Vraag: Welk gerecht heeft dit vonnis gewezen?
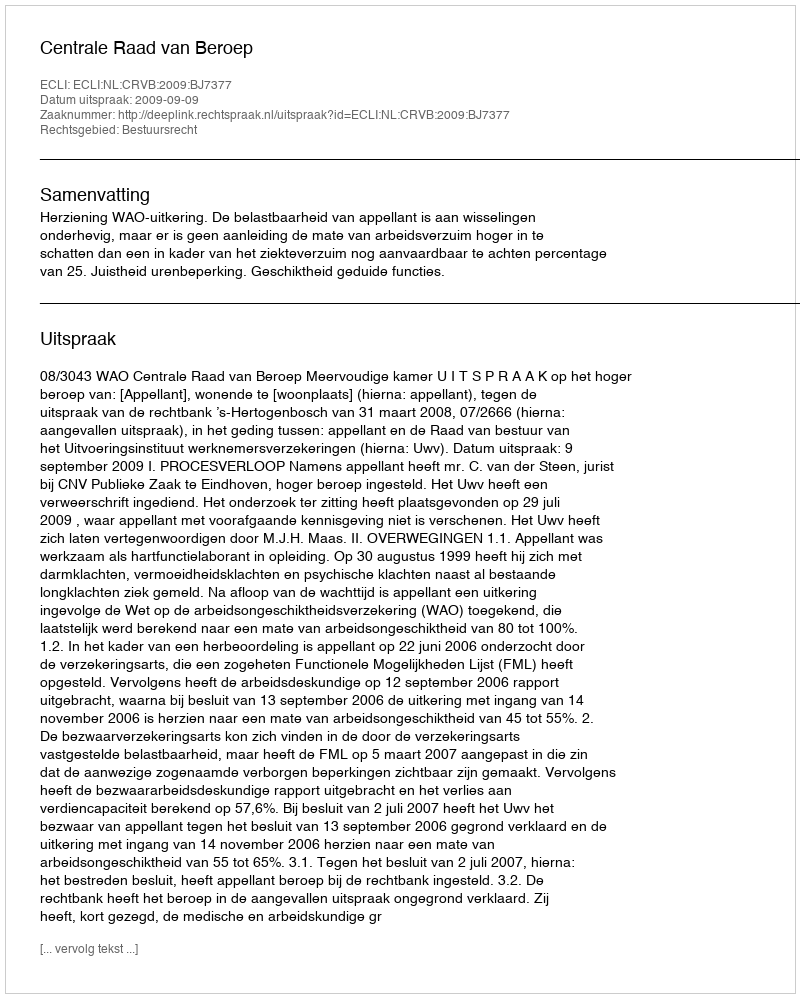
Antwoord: Centrale Raad van Beroep